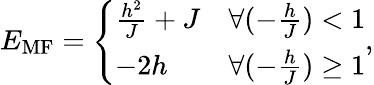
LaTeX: E_{\textrm{MF}}=\left\{ \begin{array}{ll}{\frac{h^{2}}{J}+J}&{\forall(-\frac{h}{J})<1}\\ {-2h}&{\forall(-\frac{h}{J})\ge 1}\end{array}\right.,